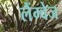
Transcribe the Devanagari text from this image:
लैंग्‍वेज